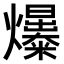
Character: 𤒺